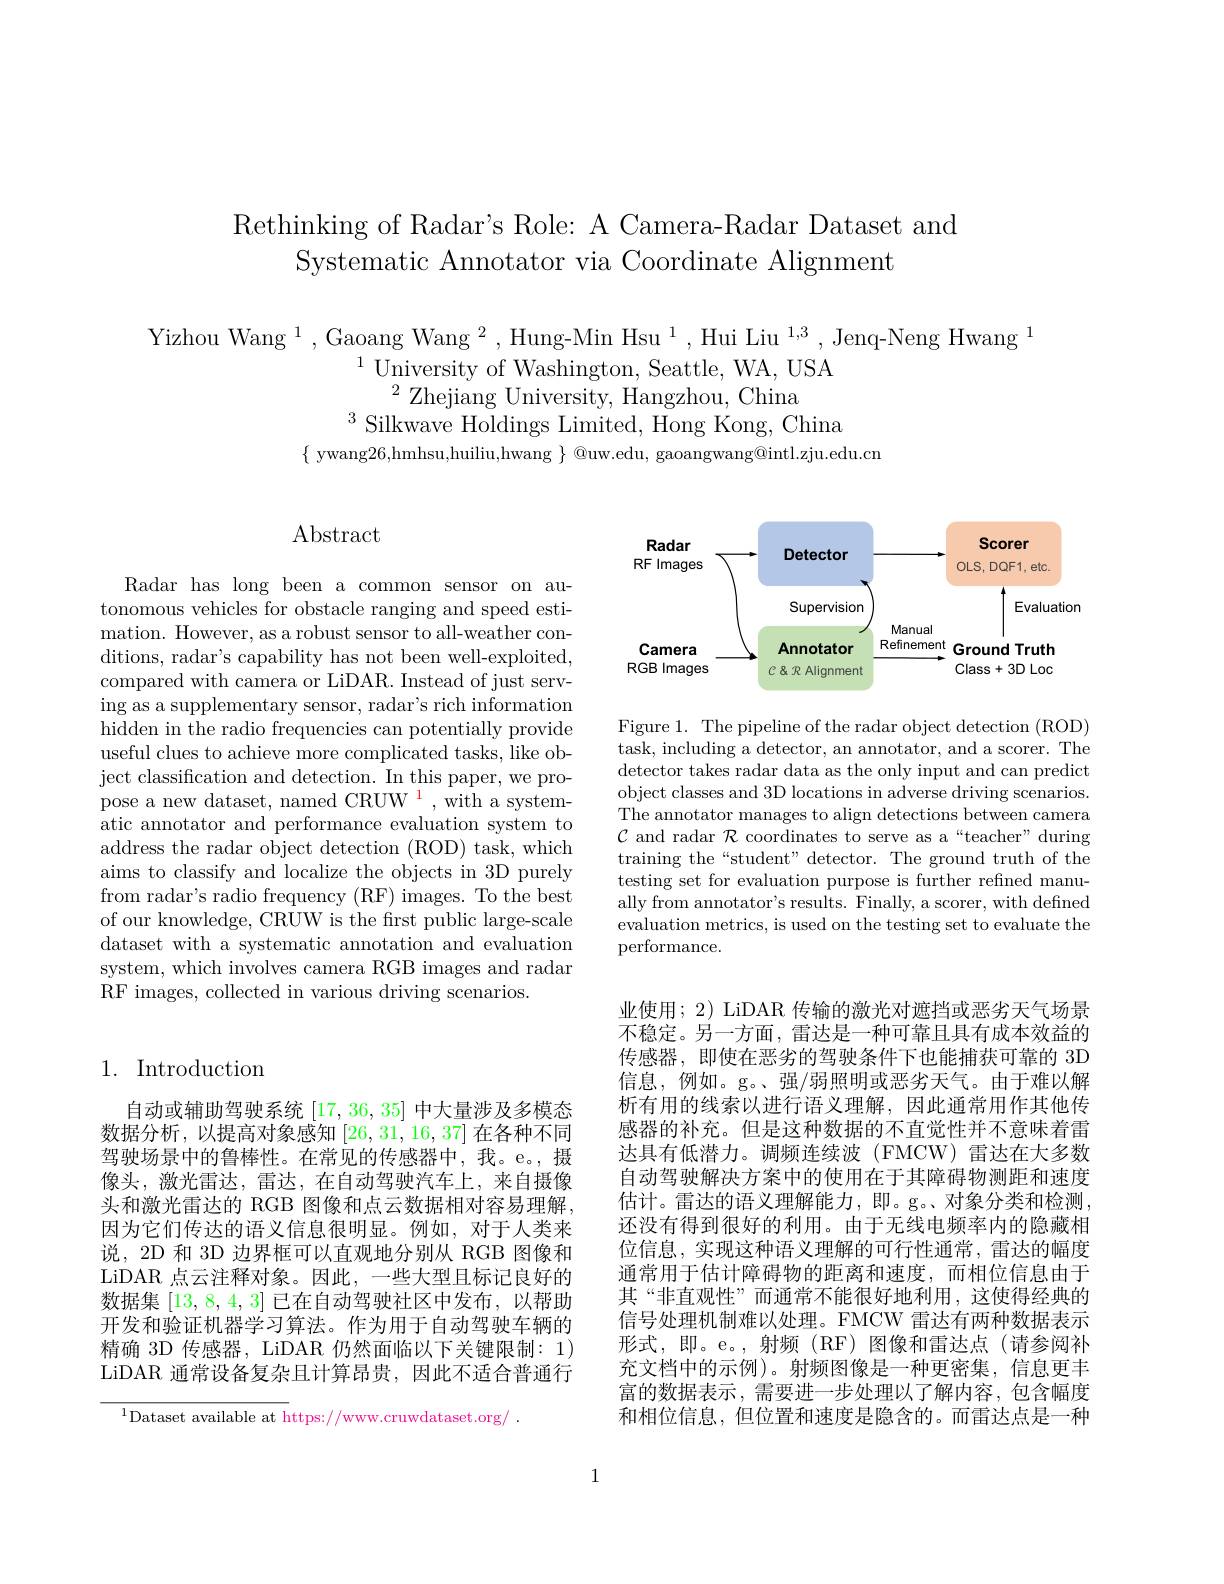
Rethinking of Radar's Role: A Camera-Radar Dataset and
Systematic Annotator via Coordinate Alignment

Yizhou Wang $^1,\text{Gaoang Wang }^2,\text{Hung-Min Hsu }^{1},\text{Hui Liu }^{1,3}$,Jenq-Neng Hwang$^1$
${}^{1}{\mathrm{~University~of~Washington,~Seattle,~WA,~USA}}$
$^{2}$Zhejiang University, Hangzhou, China
$^{3}$Silkwave Holdings Limited, Hong Kong, China
$\{$ ywang26,hmhsu,huiliu,hwang $\}$ @uw.edu, gaoangwang@intl.zju.edu.cn

## 1. Introduction

自动或辅助驾驶系统[17,36,35]中大量涉及多模态数据分析，以提高对象感知[26,31,16,37]在各种不同驾驶场景中的鲁棒性。在常见的传感器中，我。e。摄像头，激光雷达，雷达，在自动驾驶汽车上，来自摄像头和激光雷达的 RGB 图像和点云数据相对容易理解， 因为它们传达的语义信息很明显。例如，对于人类来说，2D 和 3D 边界框可以直观地分别从 RGB 图像和LiDAR 点云注释对象。因此，一些大型且标记良好的数据集[13,8,4,3]已在自动驾驶社区中发布，以帮助开发和验证机器学习算法。作为用于自动驾驶车辆的精确 3D 传感器，LiDAR 仍然面临以下关键限制：1) LiDAR 通常设备复杂且计算昂贵，因此不适合普通行

$^{1}$Dataset available at https://www.cruwdataset.org/

## Abstract

Radar has long been a common sensor on autonomous vehicles for obstacle ranging and speed estimation. However, as a robust sensor to all-weather conditions, radar's capability has not been well-exploited, compared with camera or LiDAR. Instead of just serving as a supplementary sensor, radar's rich information hidden in the radio frequencies can potentially provide useful clues to achieve more complicated tasks, like object classification and detection. In this paper, we propose a new dataset, named CRUW $^{\color{red}{1}}$,with a systematic annotator and performance evaluation system to address the radar object detection (ROD) task, which aims to classify and localize the objects in 3D purely from radar's radio frequency (RF) images. To the best of our knowledge, CRUW is the frst public large-scale dataset with a systematic annotation and evaluation system, which involves camera RGB images and radar RF images, collected in various driving scenarios.

<FigureHere>

Figure 1. The pipeline of the radar object detection (ROD) task, including a detector, an annotator, and a scorer. The detector takes radar data as the only input and can predict object classes and 3D locations in adverse driving scenarios. The annotator manages to align detections between camera $\mathcal{C}$ and radar $\mathcal{R}$ coordinates to serve as a“teacher” during training the“student” detector. The ground truth of the testing set for evaluation purpose is further refined manually from annotator's results. Finally, a scorer, with defined evaluation metrics, is used on the testing set to evaluate the performance.

业使用；2) LiDAR 传输的激光对遮挡或恶劣天气场景不稳定。另一方面，雷达是一种可靠且具有成本效益的传感器，即使在恶劣的驾驶条件下也能捕获可靠的 3D 信息，例如。g。、强/弱照明或恶劣天气。由于难以解析有用的线索以进行语义理解，因此通常用作其他传感器的补充。但是这种数据的不直觉性并不意味着雷达具有低潜力。调频连续波(FMCW)雷达在大多数自动驾驶解决方案中的使用在于其障碍物测距和速度估计。雷达的语义理解能力，即。g。、对象分类和检测， 还没有得到很好的利用。由于无线电频率内的隐藏相位信息，实现这种语义理解的可行性通常，雷达的幅度通常用于估计障碍物的距离和速度，而相位信息由于其“非直观性”而通常不能很好地利用，这使得经典的信号处理机制难以处理。FMCW 雷达有两种数据表示形式，即。e。,射频(RF)图像和雷达点(请参阅补充文档中的示例)。射频图像是一种更密集，信息更丰富的数据表示，需要进一步处理以了解内容，包含幅度和相位信息，但位置和速度是隐含的。而雷达点是一种

1